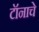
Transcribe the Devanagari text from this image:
टॉनाचे